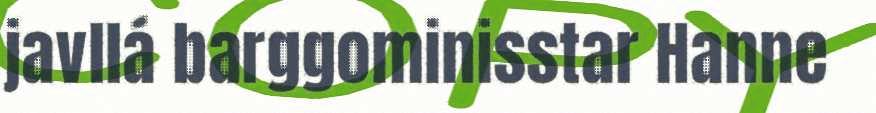
javllá barggominisstar Hanne